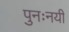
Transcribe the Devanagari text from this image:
पुनःनयी